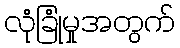
လုံခြုံမှုအတွက်